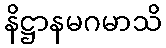
နိဋ္ဌာနမဂမာသိ